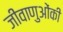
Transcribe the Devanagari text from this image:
जीवाणुओंकी